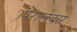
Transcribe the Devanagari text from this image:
पैरालेक्स